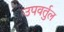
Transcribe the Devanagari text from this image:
उपवर्तुल